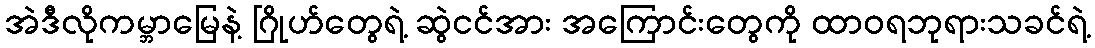
အဲဒီလိုကမ္ဘာမြေနဲ့ ဂြိုဟ်တွေရဲ့ ဆွဲငင်အား အကြောင်းတွေကို ထာဝရဘုရားသခင်ရဲ့